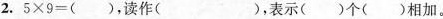
2.$$5 × 9 = ( )$$，读作()，表示()个()相加。